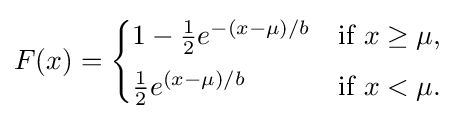
F(x)={\begin{cases}1-{\frac {1}{2}}e^{-(x-\mu )/b}&{\text{if }}x\geq \mu ,\\[4pt]{\frac {1}{2}}e^{(x-\mu )/b}&{\text{if }}x<\mu .\end{cases}}